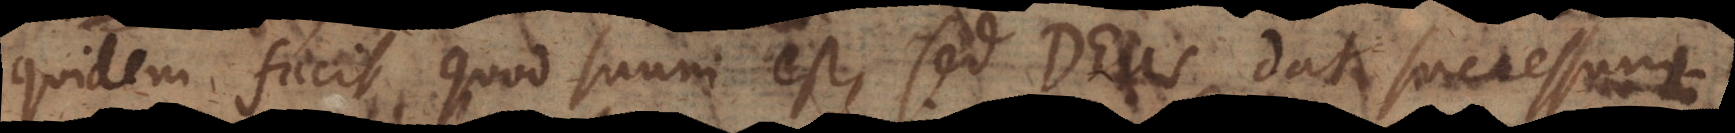
quidem facit quod suum est, sed Deus dat successum,